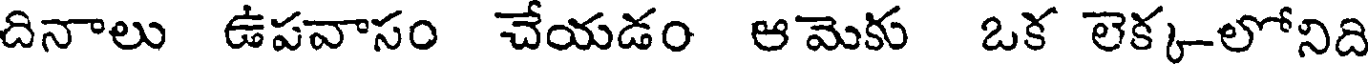
దినాలు ఉపవాసం చేయడం ఆమెకు ఒక లెక్క-లోనిది